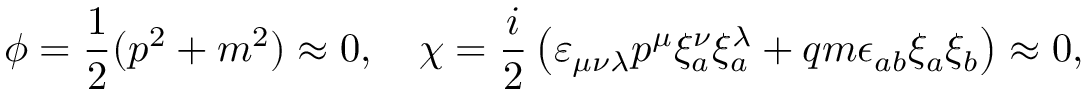
\phi = \frac { 1 } { 2 } ( p ^ { 2 } + m ^ { 2 } ) \approx 0 , \quad \chi = \frac { i } { 2 } \left( \varepsilon _ { \mu \nu \lambda } p ^ { \mu } \xi _ { a } ^ { \nu } \xi _ { a } ^ { \lambda } + q m \epsilon _ { a b } \xi _ { a } \xi _ { b } \right) \approx 0 ,